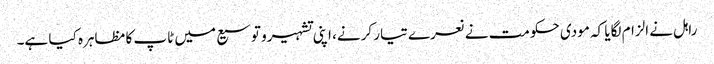
راہل نے الزام لگایا کہ مودی حکومت نے نعرے تیار کرنے، اپنی تشہیرو توسیع میں ٹاپ کا مظاہرہ کیا ہے۔